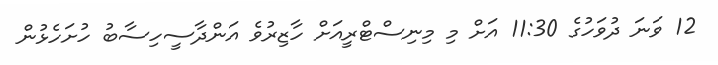
12 ވަނަ ދުވަހުގެ 11:30 އަށް މި މިނިސްޓްރީއަށް ހާޒިރުވެ އަންދާސީހިސާބު ހުށަހެޅުން